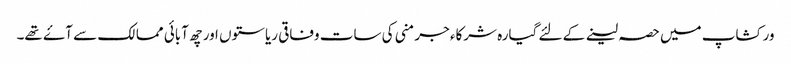
ورکشاپ میں حصہ لینے کے لئے گیارہ شرکاء جرمنی کی سات وفاقی ریاستوں اور چھ آبائی ممالک سے آۓ تھے۔